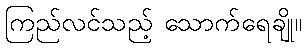
ကြည်လင်သည့် သောက်ရေချို။